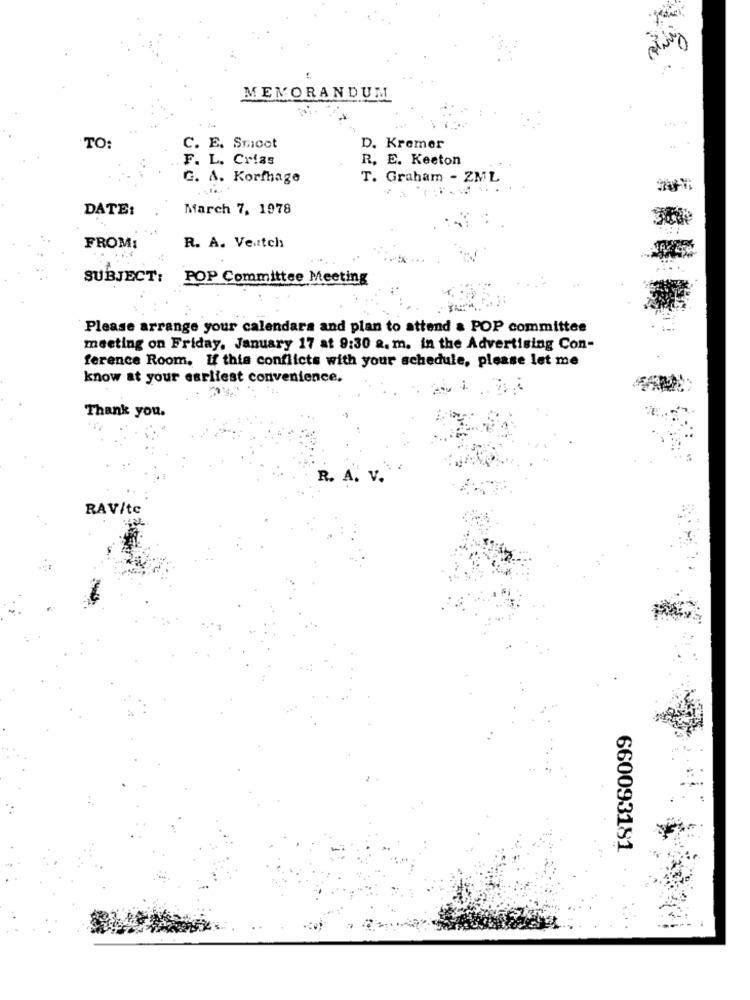
MEMORANDUM
TO:
C. E. Smoot
D. Kremer
F. L. Crias
R. E. Keeton
G. A. Korfhage
T. Graham - ZML
DATE:
March 7, 1978
FROM:
R. A. Veatch
SUBJECT:
POP Committee Meeting
Please arrange your calendars and plan to attend & POP committee
meeting on Friday, January 17 at 9:30 a. m. in the Advertising Con-
ference Room. If this conflicts with your schedule, please let me
know at your earliest convenience.
Thank you.
R. A. V.
RAV/tc
660093181